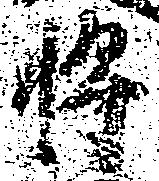
将